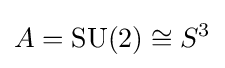
A=\mathrm {SU(2)} \cong S^{3}